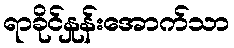
ရာခိုင်နှုန်းအောက်သာ